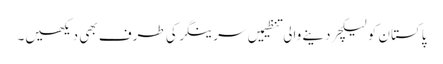
پاکستان کو لیکچر دینے والی تنظیمیں سرینگر کی طرف بھی دیکھیں۔